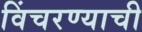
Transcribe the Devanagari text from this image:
विंचरण्याची